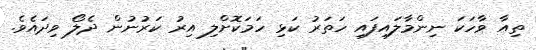
ތިއާ ވާހަކަ ނިންމާލައިފައި ހަތަރު ކަޅި ހަމަކޮށްލި އިރު ކަރުނުން ދެލޯ ވިދައެވެ.